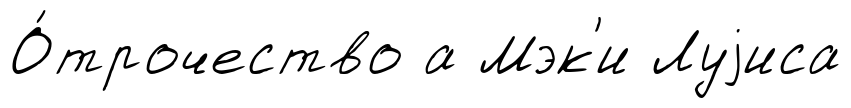
О́трочество а Мэк'и Луjиса